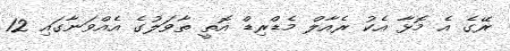
ރޭގެ އެ މޮޅާ އެކު ރެއާލް މެޑްރިޑް އޮތީ ތާވަލުގެ އެއްވަނާގައި 12